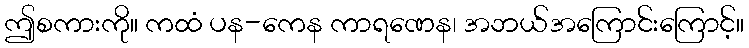
ဤစကားကို။ ကထံ ပန-ကေန ကာရဏေန၊ အဘယ်အကြောင်းကြောင့်။